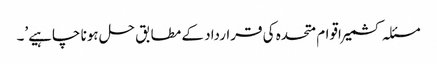
مسئلہ کشمیر اقوام متحدہ کی قرارداد کے مطابق حل ہونا چاہیے’۔